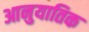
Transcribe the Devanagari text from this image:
आनुयातिक